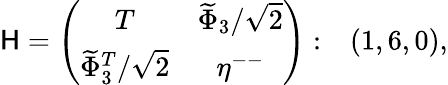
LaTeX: \mathsf{H}=\left(\begin{array}{ccc}{{T}}&{{\widetilde{\Phi}_{3}/\sqrt{2}}}\\ {{\widetilde{\Phi}_{3}^{T}/\sqrt{2}}}&{{\eta^{--}}}\end{array}\right):\ \ \ (1,6,0),